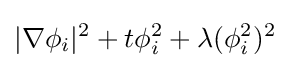
|\nabla \phi _{i}|^{2}+t\phi _{i}^{2}+\lambda (\phi _{i}^{2})^{2}